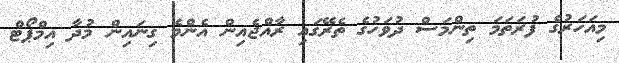
މިއަހަރުގެ ފުރަތަމަ ތިންމަސް ދުވަހުގެ ތެރޭގައި ރާއްޖެއިން އެންމެ ގިނައިން މުދާ އިމްޕޯޓް